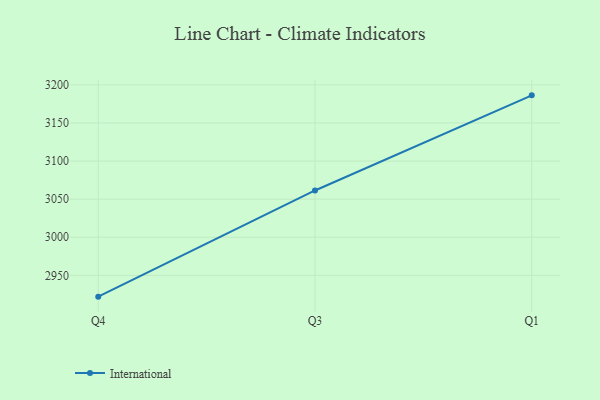
{"axis": {"x": "Quarter", "y": "Demand Index"}, "legend": ["International"], "data": [{"x": "Q4", "y": 2922.1, "type": "International"}, {"x": "Q3", "y": 3061.4, "type": "International"}, {"x": "Q1", "y": 3186.2, "type": "International"}]}